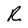
Character: R